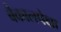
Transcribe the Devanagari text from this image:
बैकालपेक्षा